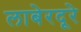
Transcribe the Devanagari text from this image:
लाबेरदूरे